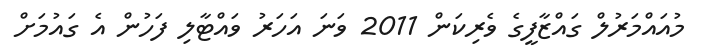
މުއައްމަރުލް ގައްޒާފީގެ ވެރިކަން 2011 ވަނަ އަހަރު ވައްޓާލި ފަހުން އެ ގައުމަށް